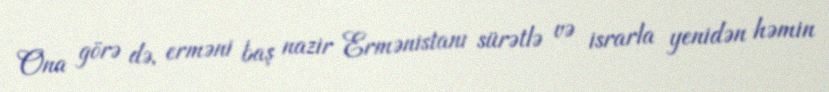
Ona görə də, erməni baş nazir Ermənistanı sürətlə və israrla yenidən həmin